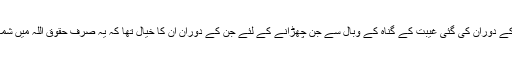
اس عرصے کے دوران کی گئی غیبت کے گناہ کے وبال سے جن چھڑانے کے لئے جن کے دوران ان کا خیال تھا کہ یہ صرف حقوق اللہ میں شمار کررہاہے ۔